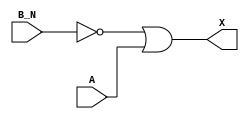
module sky130_fd_sc_ms__or2b (
    X  ,
    A  ,
    B_N
);

    // Module ports
    output X  ;
    input  A  ;
    input  B_N;

    // Local signals
    wire not0_out ;
    wire or0_out_X;

    //  Name  Output     Other arguments
    not not0 (not0_out , B_N            );
    or  or0  (or0_out_X, not0_out, A    );
    buf buf0 (X        , or0_out_X      );

endmodule